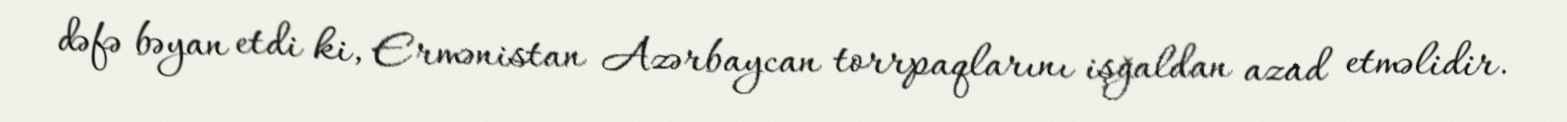
dəfə bəyan etdi ki, Ermənistan Azərbaycan torrpaqlarını işğaldan azad etməlidir.